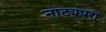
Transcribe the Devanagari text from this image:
नाट्यघरों